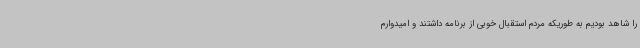
را شاهد بودیم به طوریکه مردم استقبال خوبی از برنامه داشتند و امیدوارم